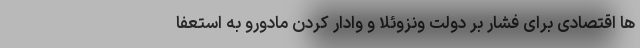
ها اقتصادی برای فشار بر دولت ونزوئلا و وادار کردن مادورو به استعفا